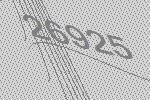
26925